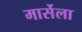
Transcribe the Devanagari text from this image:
मार्सेला